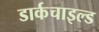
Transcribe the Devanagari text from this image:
डार्कचाइल्ड